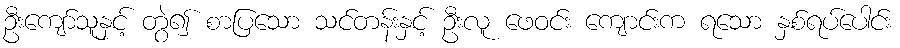
ဦးကျော်သူနှင့် တွဲ၍ စာပြသော သင်တန်းနှင့် ဦးလူ ဖေဝင်း ကျောင်းက ရသော နှစ်ရပ်ပေါင်း